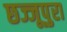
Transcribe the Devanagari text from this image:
छज्जूपुरा